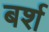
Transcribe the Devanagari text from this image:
बर्श